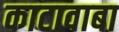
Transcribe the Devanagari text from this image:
काटावाबा